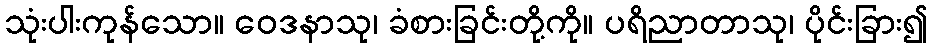
သုံးပါးကုန်သော။ ဝေဒနာသု၊ ခံစားခြင်းတို့ကို။ ပရိညာတာသု၊ ပိုင်းခြား၍